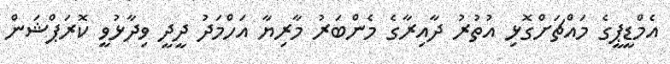
އެމްޑީޕީގެ މައްޗަށްގޮޅި އުތުރު ދާއިރާގެ މެންބަރު މާރިޔާ އަހްމަދު ދީދީ ވިދާޅުވީ ކޮރަޕްޝަން